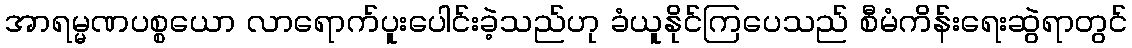
အာရမ္မဏပစ္စယော လာရောက်ပူးပေါင်းခဲ့သည်ဟု ခံယူနိုင်ကြပေသည် စီမံကိန်းရေးဆွဲရာတွင်